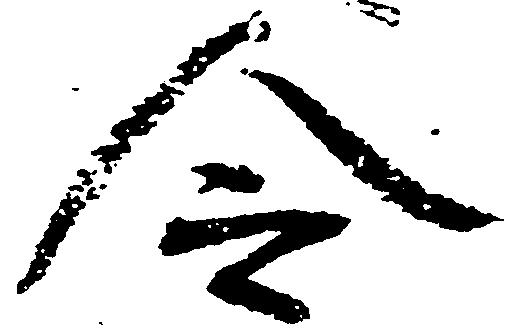
令